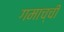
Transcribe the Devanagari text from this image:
गमाच्ची